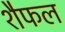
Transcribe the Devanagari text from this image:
शैफल